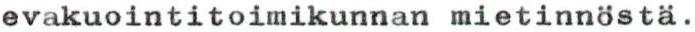
evakuointitoimikunnan mietinnöstä.